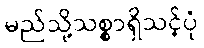
မည်သို့သစ္စာရှိသင့်ပုံ